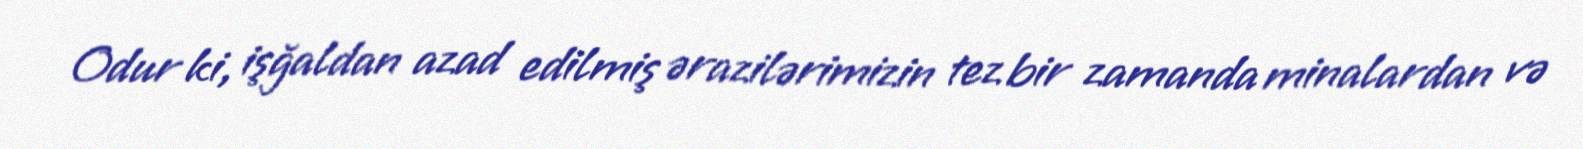
Odur ki, işğaldan azad edilmiş ərazilərimizin tez bir zamanda minalardan və